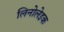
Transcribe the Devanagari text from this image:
लिनोलेइक